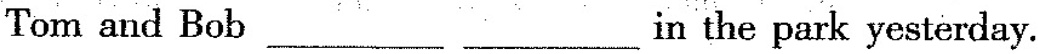
Tom and Bob___ ___in the park yesterday.